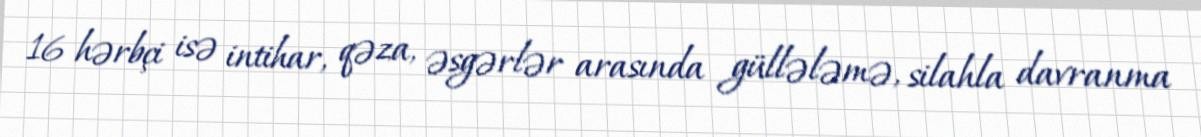
16 hərbçi isə intihar, qəza, əsgərlər arasında güllələmə, silahla davranma